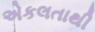
એકલતાથી